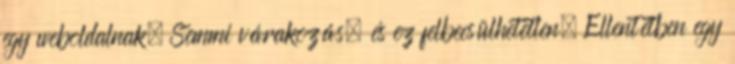
egy weboldalnak. Semmi várakozás, és ez felbecsülhetetlen. Ellentétben egy